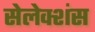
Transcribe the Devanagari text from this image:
सेलेक्शंस